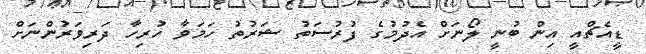
ޑީއެޗްއީ އިން ބުނީ ލޯނަށް އެދުމުގެ ފުރުސަތު ޝަރުތު ހަމަވާ ހުރިހާ ދަރިވަރުންނަށް